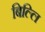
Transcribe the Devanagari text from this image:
बिल्लि